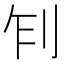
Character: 𠛢